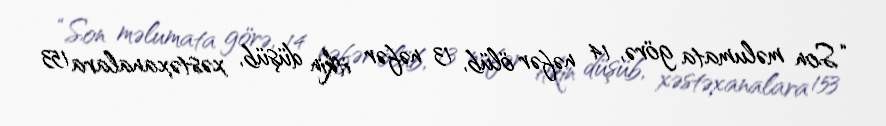
“Son məlumata görə, 14 nəfər ölüb, 13 nəfər itkin düşüb, xəstəxanalara 153